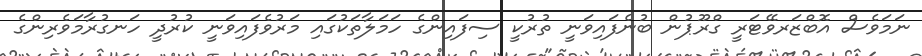
ނަމަވެސް އޮބްޒަރވޭޓަރީ ގްރޫޕުން ބުނެފައިވަނީ ތުރުކީ ސިފައިންގެ ހަމަލާތަކުގައި މަރުވެފައިވަނީ ކުރުދީ ހަނގުރާމަވެރިންގެ